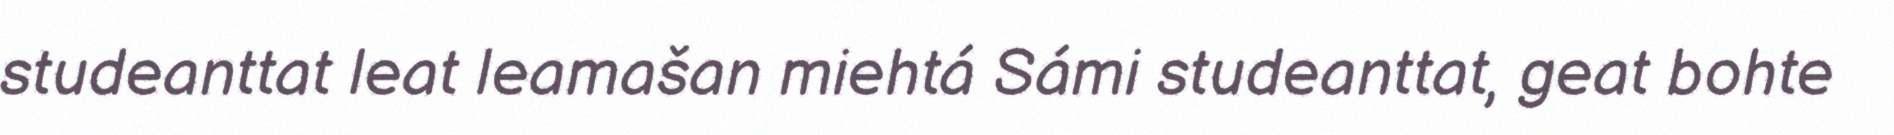
studeanttat leat leamašan miehtá Sámi studeanttat, geat bohte